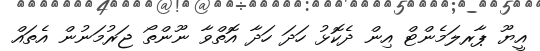
އީޔޫ ޕާރލަމެންޓް އިން ދެކޮޅު ހަދަ ހަދާ އޮތްވާ ނޫންތޯ ޖަރުމަނުން އެތައް